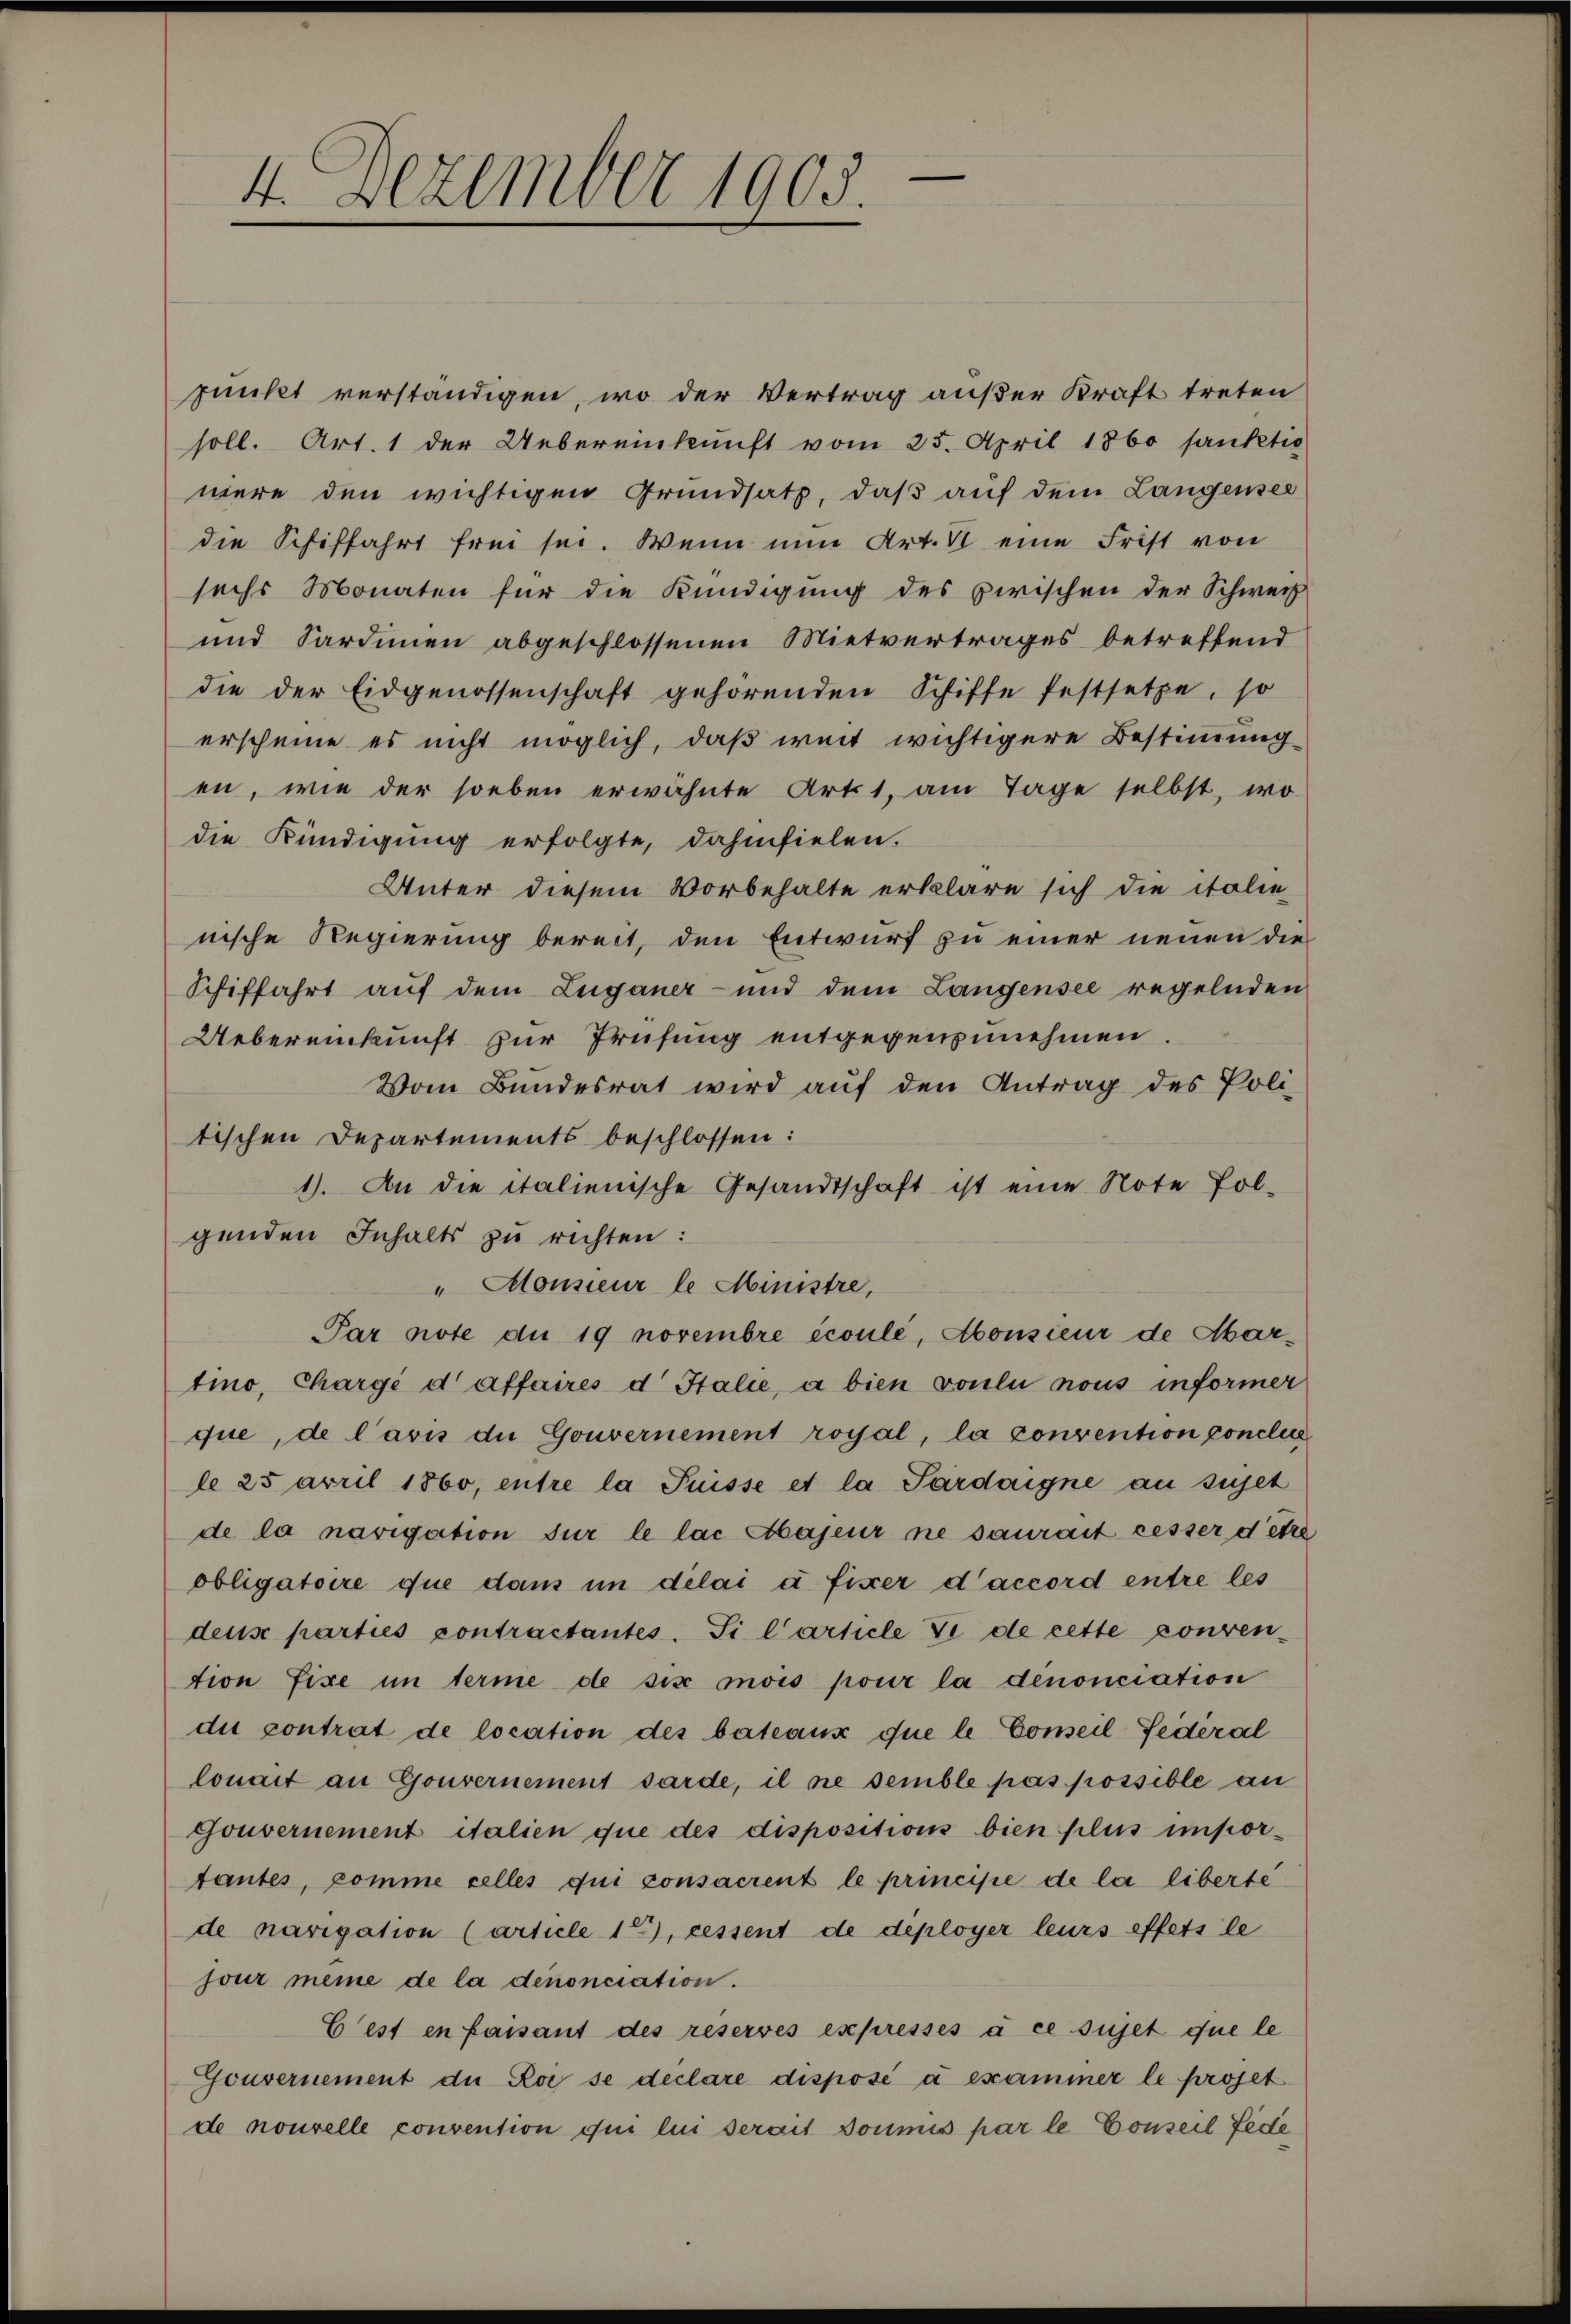
4. Dezember 1905.

punkt verständigen, wo der Vertrag außer Kraft treten
soll. Art. 1 der Uebereinkunft vom 25. April 1860 sanktio
nere den wichtigen Grundsatz, daß auf dem Langensee
die Schiffahrt frei sei. Wenn nun Art. V eine Frist von
sechs Monaten für die Kündigung des zwischen der Schweiz
und Sardinen abgeschlossenen Mietvertrages betreffend
die der Eidgenossenschaft gehörenden Schiffe festsetze, so
erscheine es nicht möglich, daß weit wichtigere Bestimmung
en, wie der soeben erwähnte Art. 1, am Tage selbst, wo
die Kündigung erfolgte, dahinfielen.
Unter diesem Vorbehalte erkläre sich die italie
nische Regierung bereit, den Entwurf zu einer neuen die
Schiffahrt auf dem Zuganer- und dem Langensee regelnden
Uebereinkunft zur Prüfung entgegenzunehmen.
Vom Bundesrat wird auf den Antrag des Poli
tischen Departements beschlossen:
1). An die italienische Gesandtschaft ist eine Note fol-
genden Inhalts zu richten:
"Monsieur le Ministre,
Par note die 19 novembre écoulé, Abonsieur de Abartino, Chargé d’affaires d Italie, a bien voulu nous informer
que, de l’avis die Gouvernement royal, la convention conclus
le 25 arril 1860, entre la Puisse et la Sardaigne au sujet
de la navigation für le lac Abajeur ne saurait cesser detre
obligatoire que dans in délai à fixer d’accord entre les
deus parties contractantes. Si l’article de de cette conven-
tion fixe im terme de six mois pour la denonciation
due contrat de location des bateaux que le Conseil-Fedéral
lonait an Gouvernement sarde, il ne semble pas possible an
Gouvernement italien que des dispositions bien plus impor-
tantes, komme celles qui consacrent le principe de la liberse
de navigation (article 15), cessent de deployer leurs effets le
jour meine de la denonciation.
C'est en faisant des reservés expressés à ce sujet que le
Gouvernement der Roi se declare disposé à exammer le projet
de nouvelle convention qui lui serait Donnes par le Conseil Fede